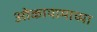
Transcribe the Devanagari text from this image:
ओकायामाच्या